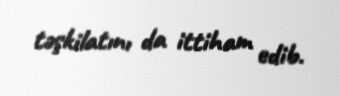
təşkilatını da ittiham edib.